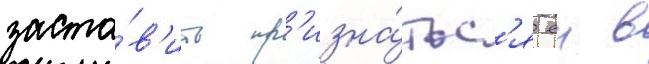
заста́в'ить пр'изна́тьс'я еи в